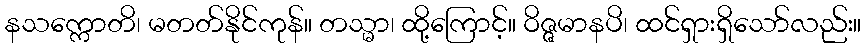
နသက္ကောတိ၊ မတတ်နိုင်ကုန်။ တသ္မာ၊ ထို့ကြောင့်။ ဝိဇ္ဇမာနပိ၊ ထင်ရှားရှိသော်လည်း။